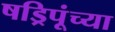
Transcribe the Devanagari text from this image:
षड्रिपूंच्या